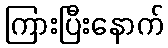
ကြားပြီးနောက်